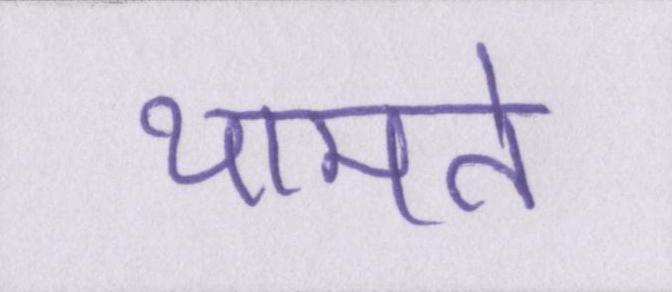
थामते